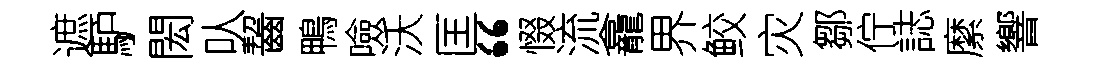
遮馿閎㕥齧鴨噞沃匡“惙流龕界鲛灾鄒佇誌縻響